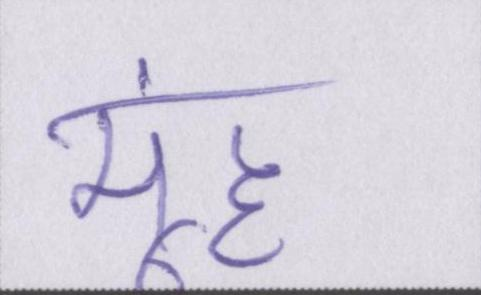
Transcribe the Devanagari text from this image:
मूंह